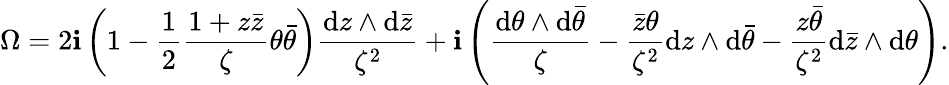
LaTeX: \Omega=2\mathbf{i}\left(1-\frac{{1}}{{2}}\frac{{1+z\bar{{z}}}}{{\zeta}}\theta\bar{{\theta}}\right)\frac{{\mathrm{{d}}z\wedge\mathrm{{d}}\bar{{z}}}}{{\zeta^{2}}}+\mathbf{i}\left(\frac{{\mathrm{{d}}\theta\wedge\mathrm{{d}}\bar{{\theta}}}}{{\zeta}}-\frac{{\bar{{z}}\theta}}{{\zeta^{2}}}\mathrm{{d}}z\wedge\mathrm{{d}}\bar{{\theta}}-\frac{{z\bar{{\theta}}}}{{\zeta^{2}}}\mathrm{{d}}\bar{{z}}\wedge\mathrm{{d}}\theta\right).